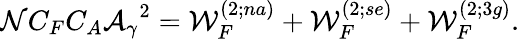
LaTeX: {\cal N}C_{F}C_{A}{\cal{A}_{\gamma}}^{2}={\cal W}_{F}^{(2;na)}+{\cal W}_{F}^{(2;se)}+{\cal W}_{F}^{(2;3g)}.